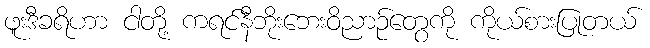
ဖူးဒီခရိဟာ ငါတို့ ကရင်နီဘိုးဘေးဝိညာဉ်တွေကို ကိုယ်စားပြုတယ်